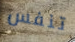
تنفس